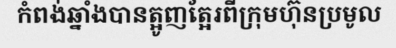
កំពង់ឆ្នាំងបានត្អូញត្អែរពីក្រុមហ៊ុនប្រមូល